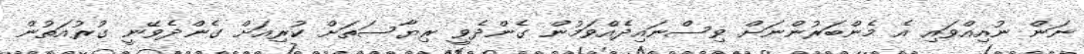
ނަން ނުއިއްވައި އެ މެންބަރުންނަށް ވިސްނައިދެއްވަމުން ގެންދެވީ ރިޔާސަތަށް ކުރިއަށް ގެންދެވޭނީ ގުރުއަތުން